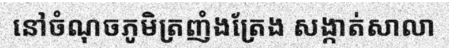
នៅចំណុចភូមិត្រញំងត្រែង សង្កាត់សាលា